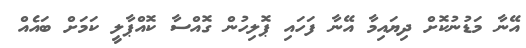
އޭނާ މަޑުނުކޮށް ދިޔައިމާ އޭނާ ފަހައި ޕޮލިހުން ގޮއްސާ ކޮއްޕާލީ ކަމަށް ބައެއް